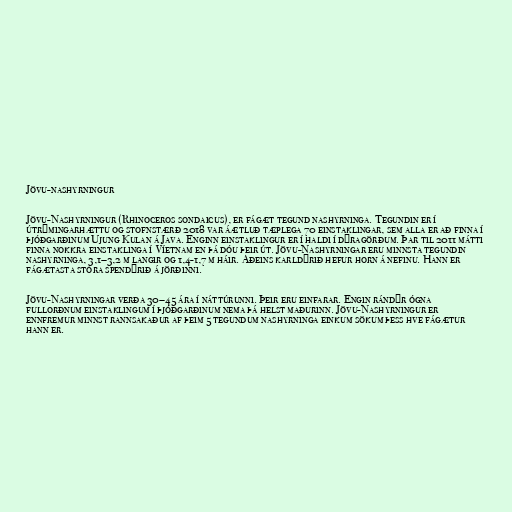
Jövu-nashyrningur

Jövu-Nashyrningur (Rhinoceros sondaicus), er fágæt tegund nashyrninga. Tegundin er í
útrýmingarhættu og stofnstærð 2018 var áætluð tæplega 70 einstaklingar, sem alla er að finna í
þjóðgarðinum Ujung Kulan á Java. Enginn einstaklingur er í haldi í dýragörðum. Þar til 2011 mátti
finna nokkra einstaklinga í Víetnam en þá dóu þeir út. Jövu-Nashyrningar eru minnsta tegundin
nashyrninga, 3,1–3,2 m langir og 1,4-1,7 m háir. Aðeins karldýrið hefur horn á nefinu. Hann er
fágætasta stóra spendýrið á jörðinni.

Jövu-Nashyrningar verða 30–45 ára í náttúrunni. Þeir eru einfarar. Engin rándýr ógna
fullorðnum einstaklingum í þjóðgarðinum nema þá helst maðurinn. Jövu-Nashyrningur er
ennfremur minnst rannsakaður af þeim 5 tegundum nashyrninga einkum sökum þess hve fágætur
hann er.